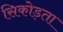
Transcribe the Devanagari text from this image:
सिकोड़ता